Civil Veterinary Department. Madras. Admin. report 1910-25 - 1910-1925
Year: 1910
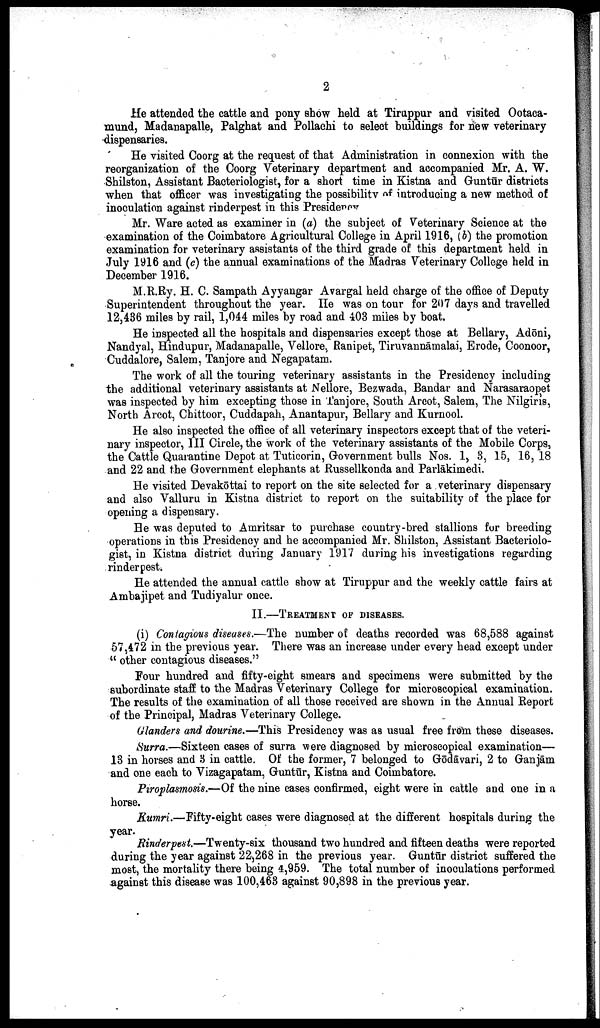
2
He attended the cattle and pony show held at Tiruppur and visited Ootaca-
mund, Madanapalle, Palghat and Pollachi to select buildings for new veterinary
dispensaries.
He visited Coorg at the request of that Administration in connexion with the
reorganization of the Coorg Veterinary department and accompanied Mr. A. W.
Shilston, Assistant Bacteriologist, for a short time in Kistna and Guntūr districts
when that officer was investigating the possibility of introducing a new method of
inoculation against rinderpest in this Presidesncy.
Mr. Ware acted as examiner in (a) the subject of Veterinary Science at the
examination of the Coimbatore Agricultural College in April 1916, (b) the promotion
examination for veterinary assistants of the third grade of this department held in
July 1916 and (c) the annual examinations of the Madras Veterinary College held in
December 1916.
M.R.Ry. H. C. Sampath Ayyangar Avargal held charge of the office of Deputy
Superintendent throughout the year. He was on tour for 207 days and travelled
12,436 miles by rail, 1,044 miles by road and 403 miles by boat.
He inspected all the hospitals and dispensaries except those at Bellary, Adōni,
Nandyal, Hindupur, Madanapalle, Vellore. Ranipet, Tiruvannāmalai, Erode, Coonoor,
Cuddalore, Salem, Tanjore and Negapatam.
The work of all the touring veterinary assistants in the Presidency including
the additional veterinary assistants at Nellore, Bezwada, Bandar and Narasaraopet
was inspected by him excepting those in Tanjore, South Arcot, Salem, The Nilgiris,
North Arcot, Chittoor, Cuddapah, Anantapur, Bellary and Kurnool.
He also inspected the office of all veterinary inspectors except that of the veteri
nary inspector, III Circle, the work of the veterinary assistants of the Mobile Corps,
the Cattle Quarantine Depot at Tuticorin, Government bulls Nos. 1, 3, 15, 16, 18
and 22 and the Government elephants at Russellkonda and Parlākimedi.
He visited Devakōttai to report on the site selected for a veterinary dispensary
and also Valluru in Kistna district to report on the suitability of the place for
opening a dispensary.
He was deputed to Amritsar to purchase country-bred stallions fur breeding
operations in this Presidency and he accompanied Mr. Shilston, Assistant Bacteriolo
gist, in Kistna district during January 1917 during his investigations regarding
rinderpest.
He attended the annual cattle show at Tiruppur and the weekly cattle fairs at
Ambajipet and Tudiyalur once.
II.—TREATMENT OF DISEASES.
(i) Contagious diseases.—The number of deaths recorded was 68,588 against
57,472 in the previous year. There was an increase under every head except under
" other contagious diseases."
Four hundred and fifty-eight smears and specimens were submitted by the
subordinate staff to the Madras Veterinary College for microscopical examination.
The results of the examination of all those received are shown in the Annual Report
of the Principal, Madras Veterinary College.
Glanders and dourine.—This Presidency was as usual free from these diseases.
Surra.—Sixteen cases of surra were diagnosed by microscopical examination—
13 in horses and 3 in cattle. Of the former, 7 belonged to Gōdāvari, 2 to Ganjām
and one each to Vizagapatam, Guntūr, Kistna and Coimbatore.
Piroplasmosis.—Of the nine cases confirmed, eight were in cattle and one in a
horse.
Kumri.—Fifty-eight cases were diagnosed at the different hospitals during the
year.
Rinderpest.—Twenty-six thousand two hundred and fifteen deaths were reported
during the year against 22,268 in the previous year. Guntūr district suffered the
most, the mortality there being 4,959. The total number of inoculations performed
against this disease was 100,463 against 90,898 in the previous year.